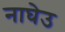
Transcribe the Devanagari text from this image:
नाघेउ